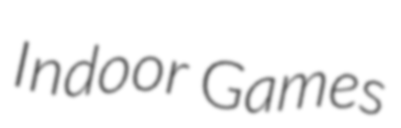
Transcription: Indoor Games